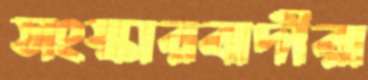
সংস্কারবাদীরা